Scientific memoirs by medical officers of the Army of India - Part I,
Year: 1884
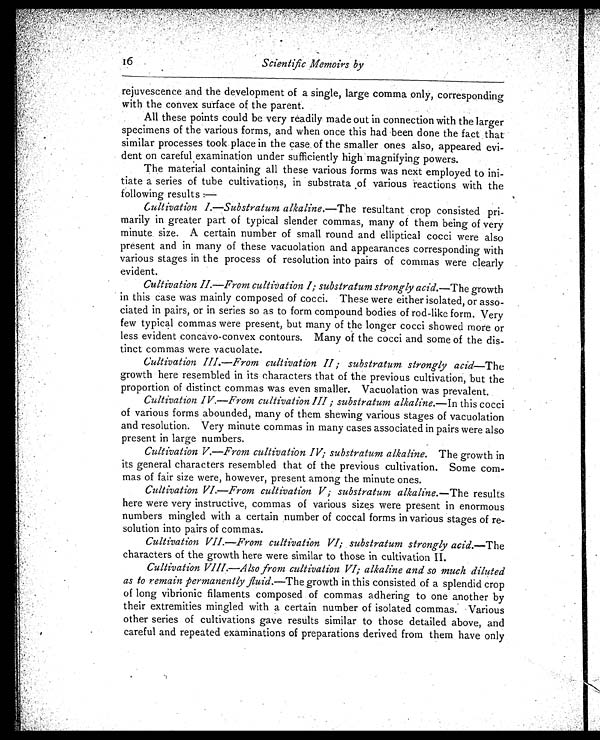
rejuvescence and the development of a single, large comma only, corresponding
with the convex surface of the parent.
All these points could be very readily made out in connection with the larger
specimens of the various forms, and when once this had been done the fact that
similar processes took place in the case of the smaller ones also, appeared evi-
dent on careful examination under sufficiently high magnifying powers.
The material containing all these various forms was next employed to ini-
tiate a series of tube cultivations, in substrata of various reactions with the
following results:—
Cultivation I.—Substratum alkaline. —The resultant crop consisted pri-
marily in greater part of typical slender commas, many of them being of very
minute size. A certain number of small round and elliptical cocci were also
present and in many of these vacuolation and appearances corresponding with
various stages in the process of resolution into pairs of commas were clearly
evident.
Cultivation II.—From cultivation I; substratum strongly acid.—The growth
in this case was mainly composed of cocci. These were either isolated, or asso
-ciated in pairs, or in series so as to form compound bodies of rod-like form. Very
few typical commas were present, but many of the longer cocci showed more or
less evident concavo-convex contours. Many of the cocci and some of the dis-
tinct commas were vacuolate.
Cultivation III.—From cultivation II; substratum strongly acid —The
growth here resembled in its characters that of the previous cultivation, but the
proportion of distinct commas was even smaller. Vacuolation was prevalent.
Cultivation IV.—From cultivation III; substratum alkaline. —In this cocci
of various forms abounded, many of them shewing various stages of vacuolation
and resolution. Very minute commas in many cases associated in pairs were also
present in large numbers.
Cultivation V.—From cultivation IV; substratum alkaline. The growth in
its general characters resembled that of the previous cultivation. Some com-
mas of fair size were, however, present among the minute ones.
Cultivation VI.—From cultivation V; substratum alkaline. —The results
here were very instructive, commas of various sizes were present in enormous
numbers mingled with a certain number of coccal forms in various stages of re-
solution into pairs of commas.
Cultivation VII.—From cultivation VI; substratum strongly acid. —The
characters of the growth here were similar to those in cultivation II.
Cultivation VIII.—Also from cultivation VI; alkaline and so much diluted
as to remain permanently fluid. —The growth in this consisted of a splendid crop
of long vibrionic filaments composed of commas adhering to one another by
their extremities mingled with a certain number of isolated commas. Various
other series of cultivations gave results similar to those detailed above, and
careful and repeated examinations of preparations derived from them have only